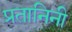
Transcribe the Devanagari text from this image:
प्रतानिनी